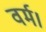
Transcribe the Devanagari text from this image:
वर्म।